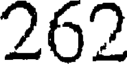
262